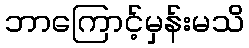
ဘာကြောင့်မှန်းမသိ